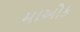
માઓક